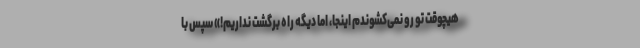
هیچوقت تو رو نمی‌کشوندم اینجا، اما دیگه راه برگشت نداریم!» سپس با